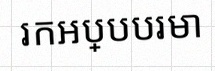
រកអប្បបរមា